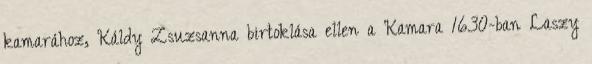
kamarához, Káldy Zsuzsanna birtoklása ellen a Kamara 1630-ban Laszy